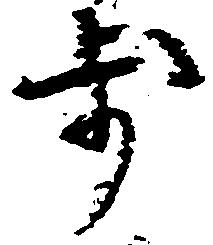
歩